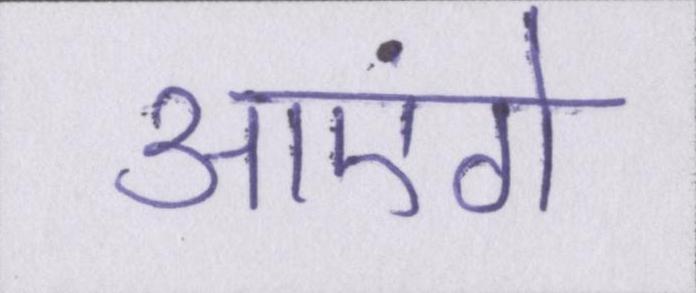
आएंगे